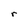
Character: r